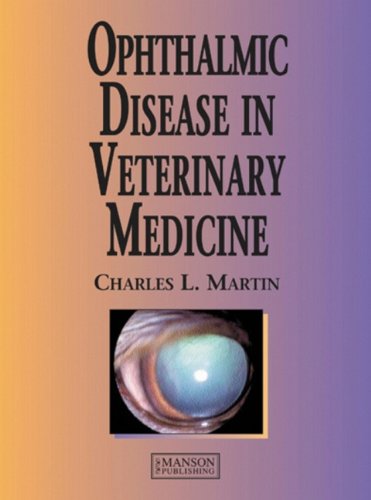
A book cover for Ophthalmic Disease in Veterinary Medicine; Charles L. Martin; Medical Books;